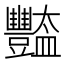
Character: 豓